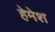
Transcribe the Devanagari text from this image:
हेमेश